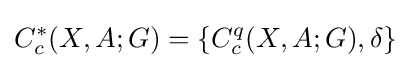
C_{c}^{*}(X,A;G)=\{C_{c}^{q}(X,A;G),\delta \}